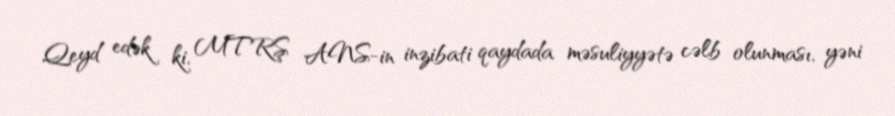
Qeyd edək ki, MTRŞ ANS-in inzibati qaydada məsuliyyətə cəlb olunması, yəni